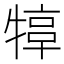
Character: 𤚮